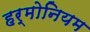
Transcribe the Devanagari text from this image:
हर्मोनियम